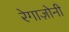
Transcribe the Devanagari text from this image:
रेगाज़ोनी